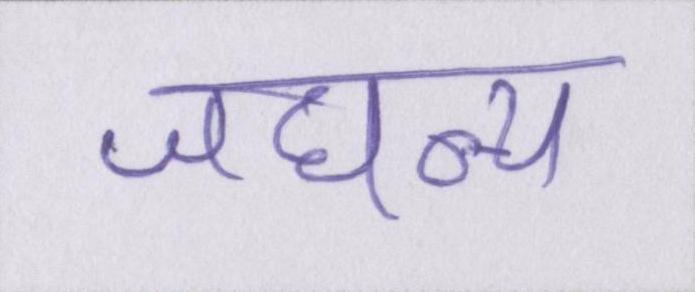
जघन्य